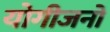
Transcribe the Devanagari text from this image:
योगीजनों